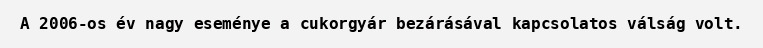
A 2006-os év nagy eseménye a cukorgyár bezárásával kapcsolatos válság volt.